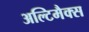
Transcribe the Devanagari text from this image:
अल्टिमैक्स